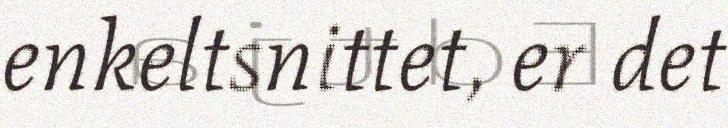
enkeltsnittet, er det